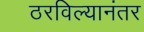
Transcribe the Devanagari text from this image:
ठरविल्यानंतर